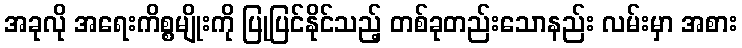
အခုလို အရေးကိစ္စမျိုးကို ပြုပြင်နိုင်သည့် တစ်ခုတည်းသောနည်း လမ်းမှာ အစား